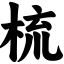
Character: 梳